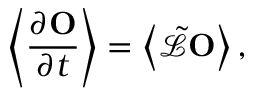
\left\langle \frac { \partial \mathbf { O } } { \partial t } \right\rangle = \left\langle \tilde { \mathcal { L } } \mathbf { O } \right\rangle ,